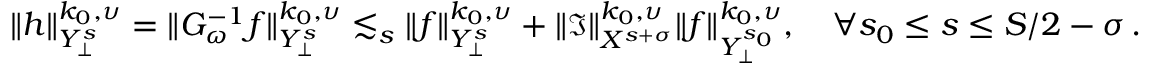
\| h \| _ { { \cal Y } _ { \bot } ^ { s } } ^ { k _ { 0 } , \upsilon } = \| { \cal G } _ { \omega } ^ { - 1 } f \| _ { { \cal Y } _ { \bot } ^ { s } } ^ { k _ { 0 } , \upsilon } \lesssim _ { s } \| f \| _ { { \cal Y } _ { \bot } ^ { s } } ^ { k _ { 0 } , \upsilon } + \| { \mathfrak I } \| _ { { \cal X } ^ { s + \sigma } } ^ { k _ { 0 } , \upsilon } \| f \| _ { { \cal Y } _ { \bot } ^ { s _ { 0 } } } ^ { k _ { 0 } , \upsilon } , \quad \forall s _ { 0 } \leq s \leq S / 2 - \sigma \, .